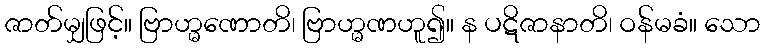
ဇာတ်မျှဖြင့်။ ဗြာဟ္မဏောတိ၊ ဗြာဟ္မဏဟူ၍။ န ပဋိဇာနာတိ၊ ဝန်မခံ။ သော